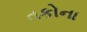
તકોના